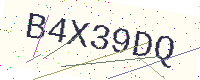
Text: B4X39DQ